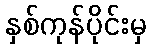
နှစ်ကုန်ပိုင်းမှ